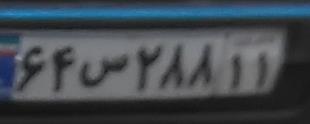
۶۴س۲۸۸۱۱